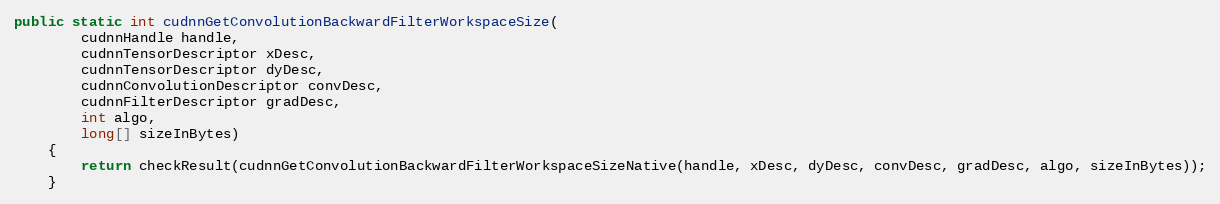
Language: Java
public static int cudnnGetConvolutionBackwardFilterWorkspaceSize(
        cudnnHandle handle,
        cudnnTensorDescriptor xDesc,
        cudnnTensorDescriptor dyDesc,
        cudnnConvolutionDescriptor convDesc,
        cudnnFilterDescriptor gradDesc,
        int algo,
        long[] sizeInBytes)
    {
        return checkResult(cudnnGetConvolutionBackwardFilterWorkspaceSizeNative(handle, xDesc, dyDesc, convDesc, gradDesc, algo, sizeInBytes));
    }